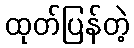
ထုတ်ပြန်တဲ့